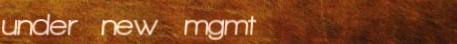
under new mgmt